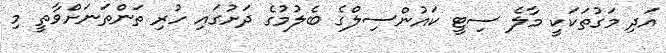
އަދި މަގުތަކަކީ މާލެ ސިޓީ ކައުންސިލްގެ ބެލުމުގެ ދަށުގައި ހުރި ތަންތަނަށްވާތީ މި